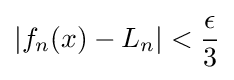
\left|f_{n}(x)-L_{n}\right|<{\frac {\epsilon }{3}}